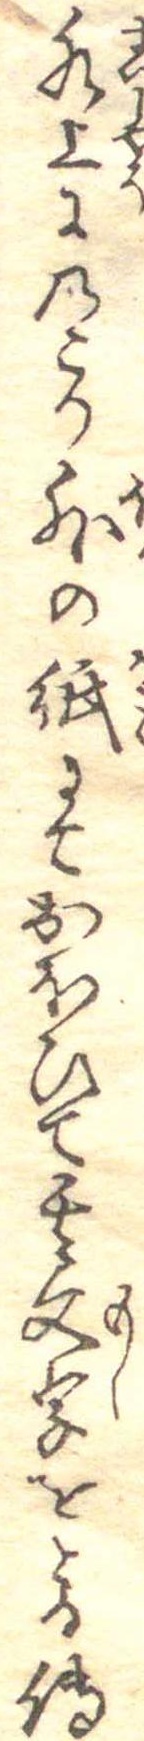
水上にのこり外の紙にておほひて其文字をとる伝